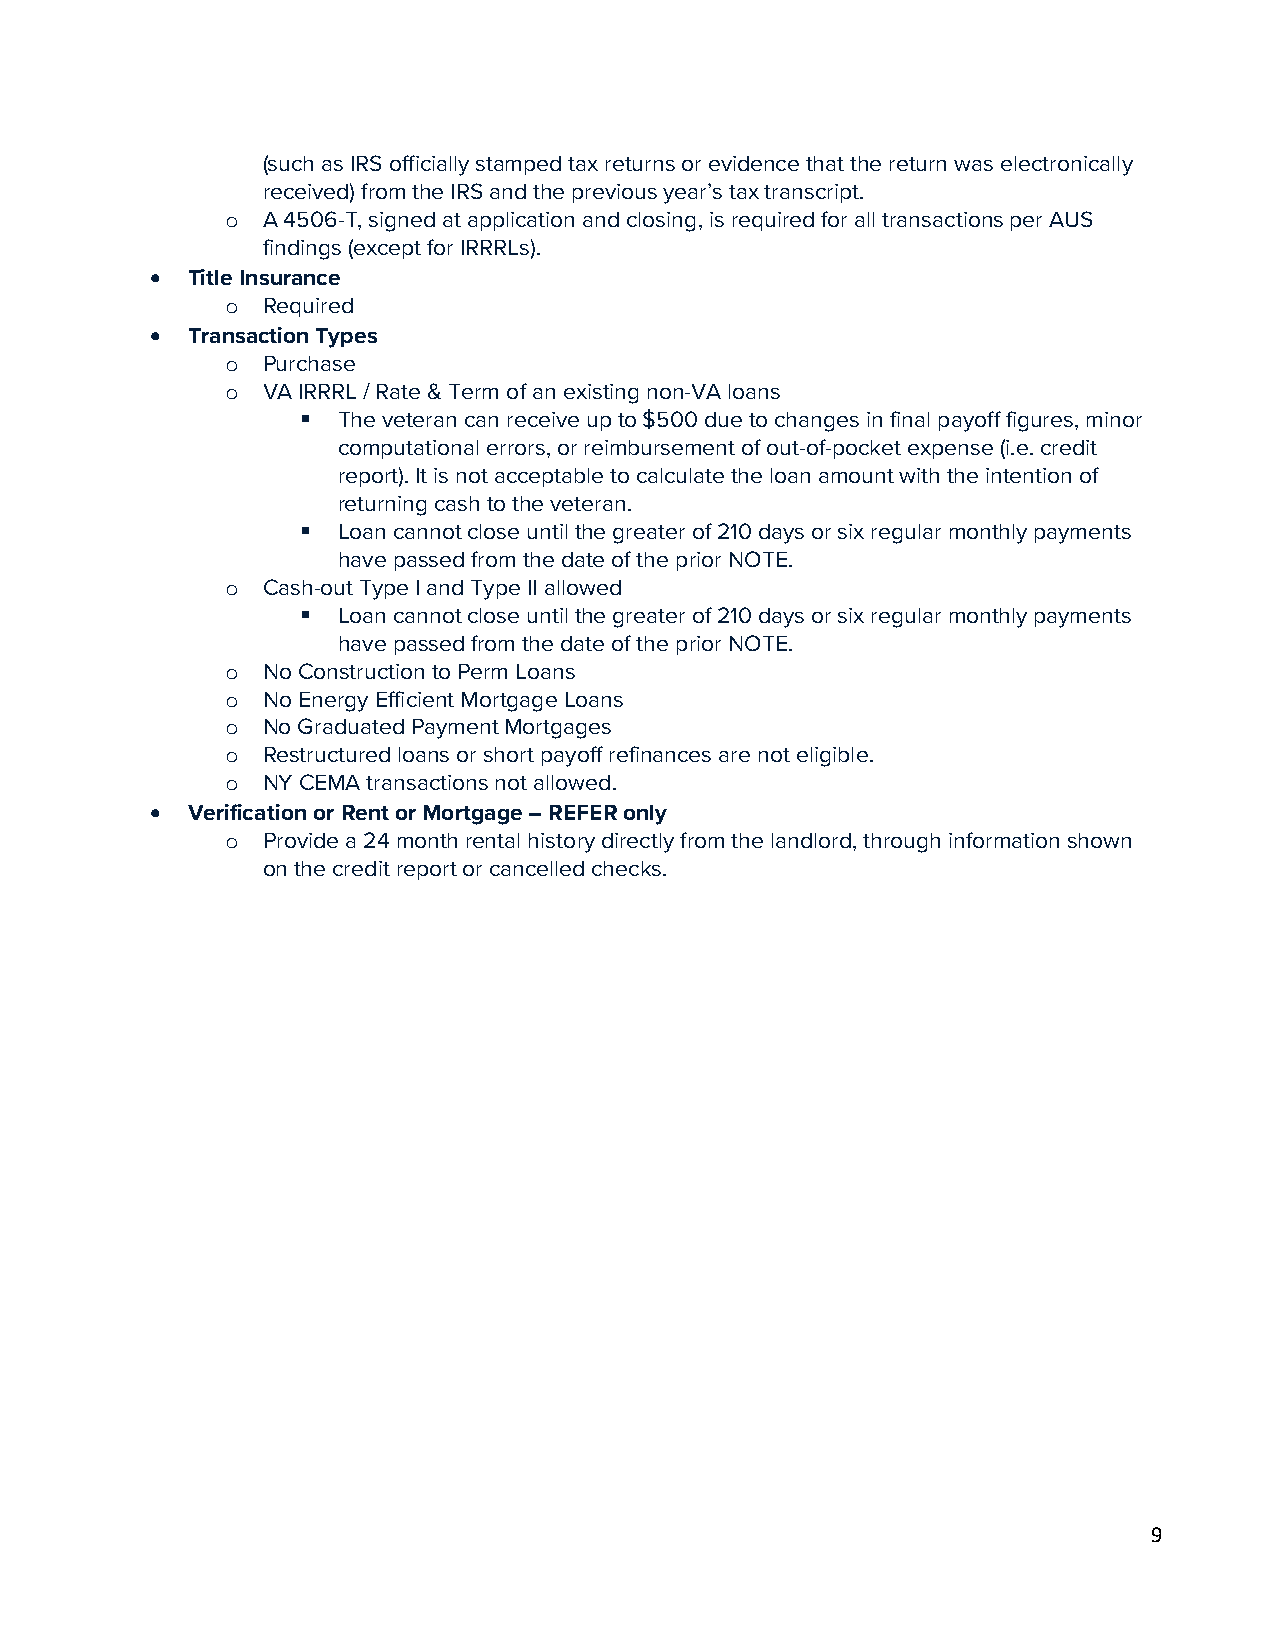
(such as IRS officially stamped tax returns or evidence that the return was electronically
 received) from the IRS and the previous year’s tax transcript.
 A 4506-T, signed at application and closing, is required for all transactions per AUS
 o
 findings (except for IRRRLs).
 • Title Insurance
 Required
 o
 • Transaction Types
 Purchase
 o
 VA IRRRL / Rate & Term of an existing non-VA loans
 o
  The veteran can receive up to $500 due to changes in final payoff figures, minor
 computational errors, or reimbursement of out-of-pocket expense (i.e. credit
 report). It is not acceptable to calculate the loan amount with the intention of
 returning cash to the veteran.
  Loan cannot close until the greater of 210 days or six regular monthly payments
 have passed from the date of the prior NOTE.
 Cash-out Type I and Type II allowed
 o
  Loan cannot close until the greater of 210 days or six regular monthly payments
 have passed from the date of the prior NOTE.
 No Construction to Perm Loans
 o
 No Energy Efficient Mortgage Loans
 o
 No Graduated Payment Mortgages
 o
 Restructured loans or short payoff refinances are not eligible.
 o
 NY CEMA transactions not allowed.
 o
 • Verification or Rent or Mortgage – REFER only
 Provide a 24 month rental history directly from the landlord, through information shown
 o
 on the credit report or cancelled checks.
 9